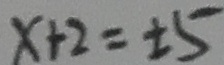
x + 2 = \pm 5